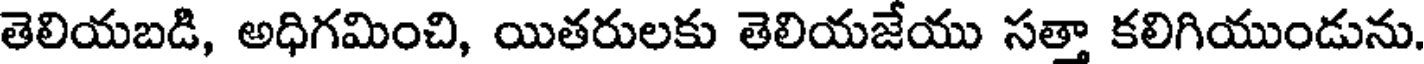
తెలియబడి, అధిగమించి, యితరులకు తెలియజేయు సత్తా కలిగియుండును